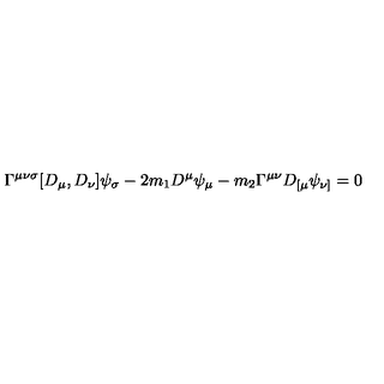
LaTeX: \Gamma ^ { \mu \nu \sigma } [ D _ { \mu } , D _ { \nu } ] \psi _ { \sigma } - 2 m _ { 1 } D ^ { \mu } \psi _ { \mu } - m _ { 2 } \Gamma ^ { \mu \nu } D _ { [ \mu } \psi _ { \nu ] } = 0